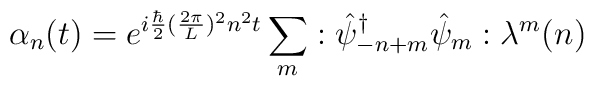
\alpha_n (t) =  e^{i{\hbar\over 2}({2\pi\over L})^2 n^2 t}\sum_m:{\hat\psi_{-n+m}}^\dagger \hat\psi_m: \lambda^m(n)